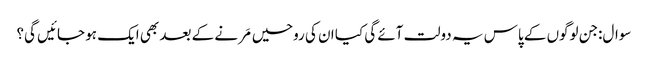
سوال:جن لوگوں کے پاس یہ دولت آئے گی کیا ان کی روحیں مَرنے کے بعد بھی ایک ہو جائیں گی؟